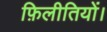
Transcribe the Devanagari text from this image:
फ़िलीतियों।